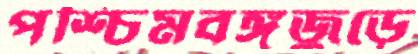
পশ্চিমবঙ্গজুড়ে